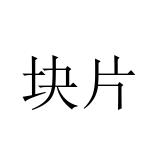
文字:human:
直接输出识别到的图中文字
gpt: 块片